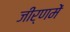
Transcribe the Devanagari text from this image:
जीर्णमें